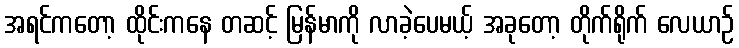
အရင်ကတော့ ထိုင်းကနေ တဆင့် မြန်မာကို လာခဲ့ပေမယ့် အခုတော့ တိုက်ရိုက် လေယာဉ်